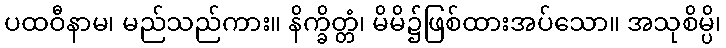
ပထဝီနာမ၊ မည်သည်ကား။ နိက္ခိတ္တံ၊ မိမိ၌ဖြစ်ထားအပ်သော။ အသုစိမ္ပိ၊